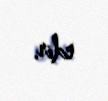
edir.